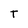
Character: T